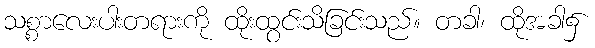
သစ္စာလေးပါးတရားကို ထိုးထွင်းသိခြင်းသည်။ တခါ၊ ထိုအခါ၌